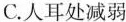
C. 人耳处减弱